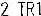
2 TR1